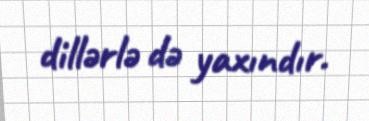
dillərlə də yaxındır.